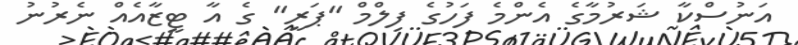
އަނުސްކާ ޝަރުމާގެ އެންމެ ފަހުގެ ފިލްމް "ޕަރީ" ގެ އާ ޓީޒާއެއް ނެރުނު